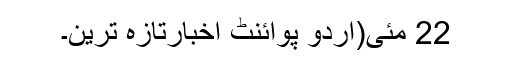
22 مئی(اُردو پوائنٹ اخبارتازہ ترین۔